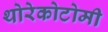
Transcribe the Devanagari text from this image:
थोरेकोटोमी